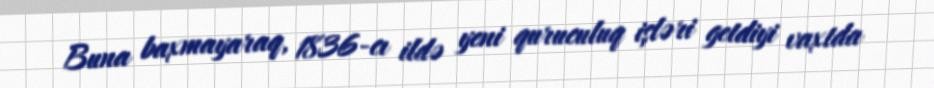
Buna baxmayaraq, 1836-cı ildə yeni quruculuq işləri getdiyi vaxtda